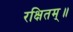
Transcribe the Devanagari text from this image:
रक्षितम्॥